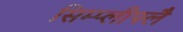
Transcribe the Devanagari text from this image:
सिम्प्लीफ्लै